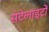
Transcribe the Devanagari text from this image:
सेटेलाइटों